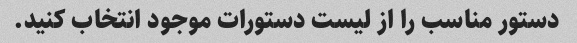
دستور مناسب را از لیست دستورات موجود انتخاب کنید.